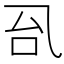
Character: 𰀼